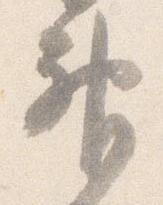
神